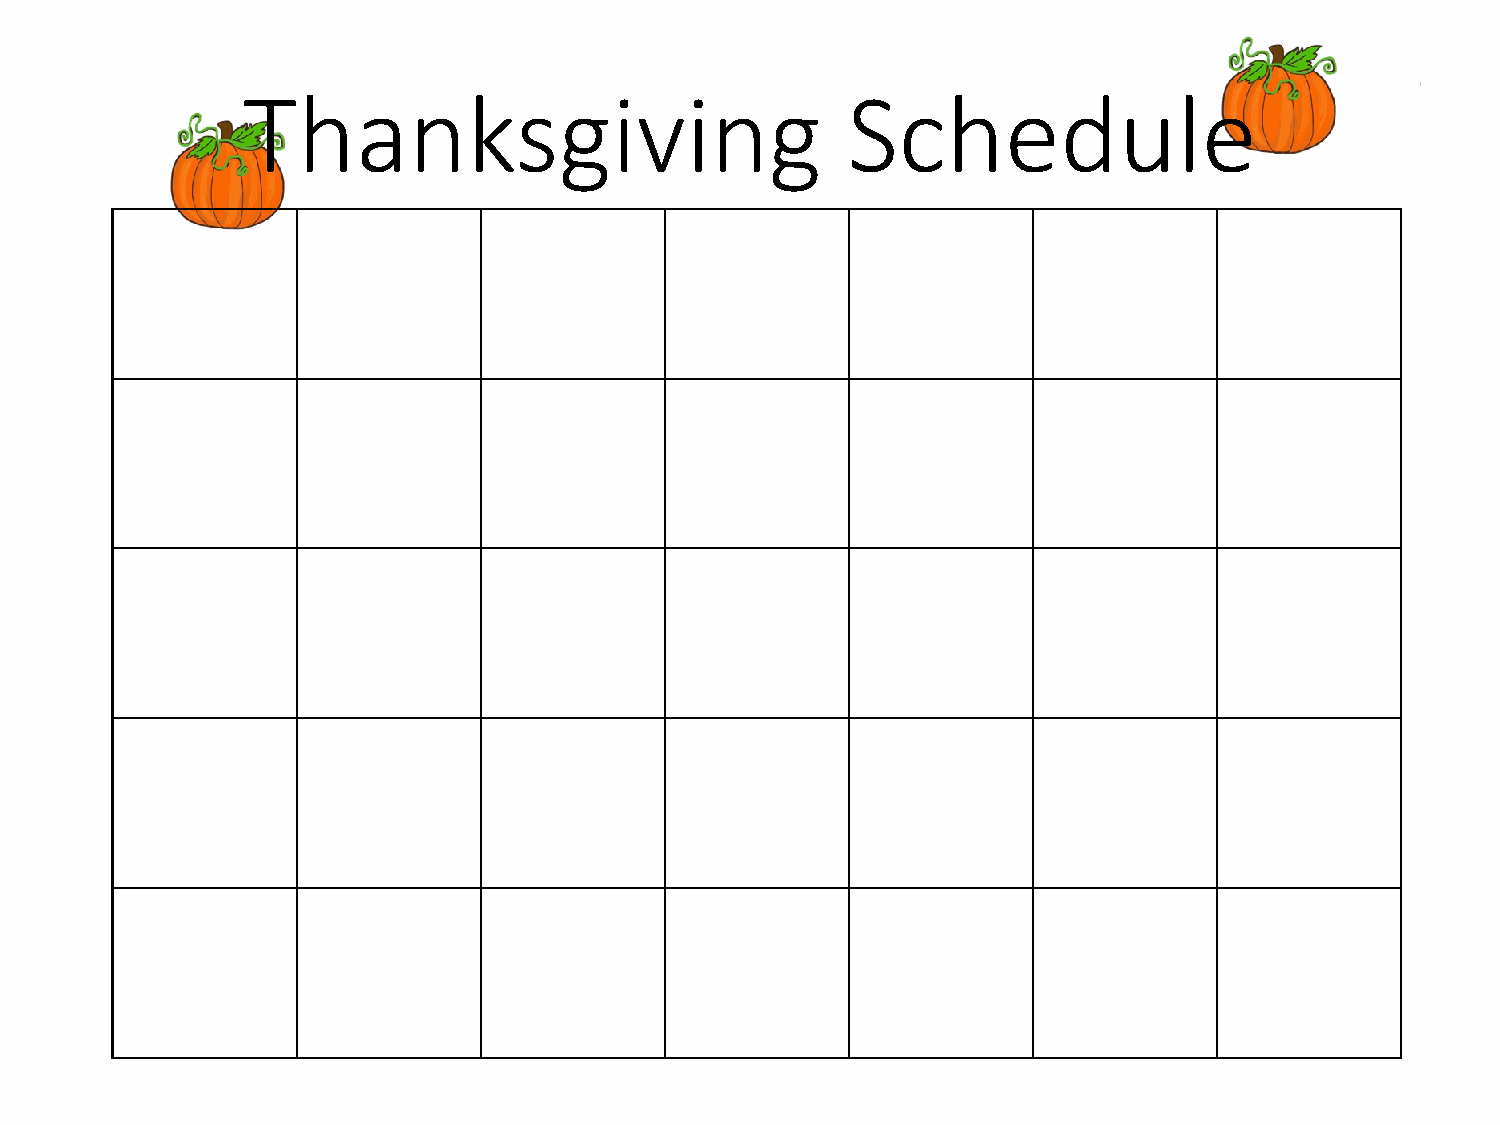
Thanksgiving                            Schedule